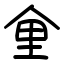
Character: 𪜽